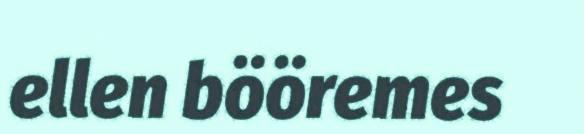
ellen bööremes